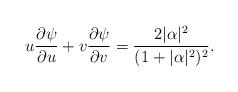
LaTeX: \begin{align*} u\frac{\partial \psi}{\partial u}+ v\frac{\partial \psi}{\partial v}=\frac{2|\alpha|^2} {(1+|\alpha|^2)^2}.\end{align*}